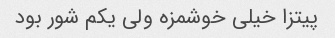
پیتزا خیلی خوشمزه ولی یکم شور بود